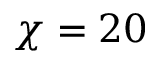
\chi = 2 0